Indian Medical Review
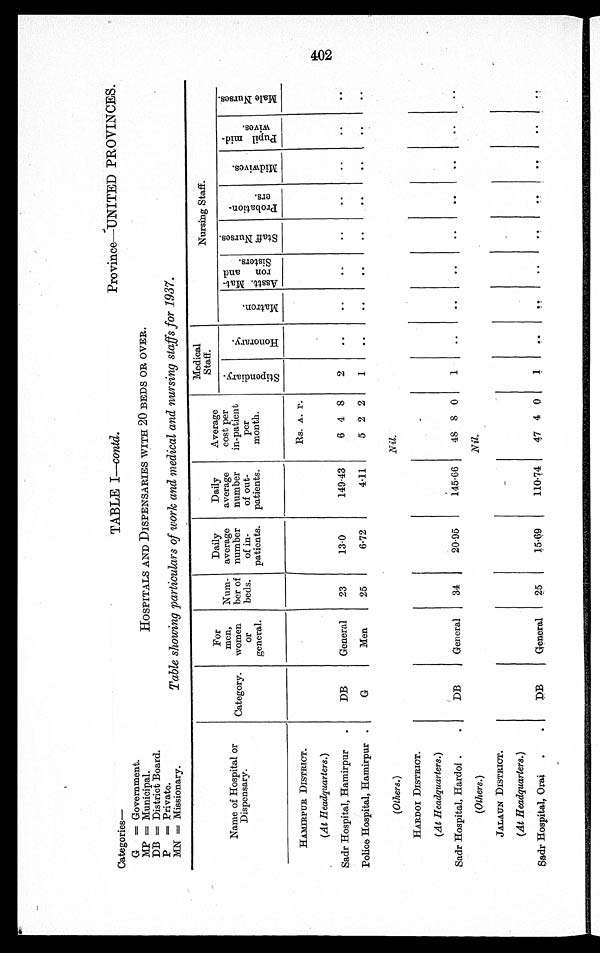
Categories—
G = Government.
MP = Municipal.
DB = District Board
.
P = Private.
MN = Missionary.
Province—UNITED PROVINCES.
HOSPITALS AND DISPENSARIES WITH 20 BEDS OR OVER.
Table showing particulars of work and medical and nursing staffs for 1937.
TABLE I—contd.
Name of Hospital or
Dispensary.
Category.
For
men,
women or
general.
Num-
ber of
beds.
Daily
average
number of in-
patients.
Daily
average number of out-
patients.
Average cost per
in-patient per
month.
Medical S t a f f .
Nursing Staff.
S t i p e n d i a r y .
H o n o r a r y .
M a t r o n .
A s s t . M a t -
r o n a n d
S i s t e r s .
S t a f f N u r s e s .
P r o b a t i o n -
e r s .
M i d w i v e s .
P u p i l m i d -
w i v e s .
M a l e N u r s e s .
HAMIRPUR DISTRICT.
Rs. A. P.
(At Headquarters.)
Sadr Hospital, Hamirpur
DB General 23
13.0
149.43 6 4 8 2
Police Hospital, Hamirpur
G
Men 25
6.72
4.11 5 2 2 1
(Others.)
Nil.
HARDOI DISTRICT.
(At Headquarters. )
Sadr Hospital, Hardoi
DB General 34
20.95
145.66 48 8 0 1
(Others.)
Nil.
JALAUN DISTRICT.
(At Headquarters. )
Sadr Hospital, Orai DB General 25
15.69
110.74 47 4 0 1